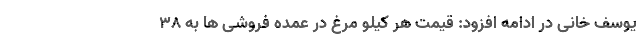
یوسف خانی در ادامه افزود: قیمت هر کیلو مرغ در عمده فروشی ها به ۳۸